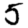
Digit: 5